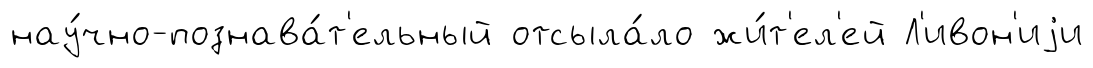
нау́чно-познава́т'ельный отсыла́ло жи́т'ел'ей Л'ивон'иjи